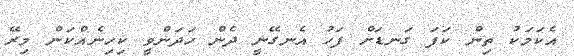
އެކަމަކު ތިން ކަފަ ގަނޑަށް ފަހު އެނގޭނީ ދެން ހަދަންވީ ކިހިނެއްކަން މިރޭ